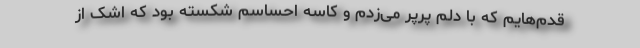
قدم‌هایم که با دلم پَرپَر می‌زدم و کاسه احساسم شکسته بود که اشک از